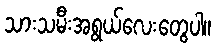
သားသမီးအရွယ်လေးတွေပါ။